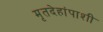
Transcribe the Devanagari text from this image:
मृतदेहांपाशी